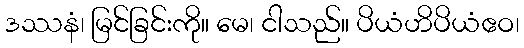
ဒဿနံ၊ မြင်ခြင်းကို။ မေ၊ ငါသည်။ ပိယံဟိပိယံဧဝ၊